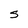
Character: S